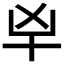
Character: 𰅱